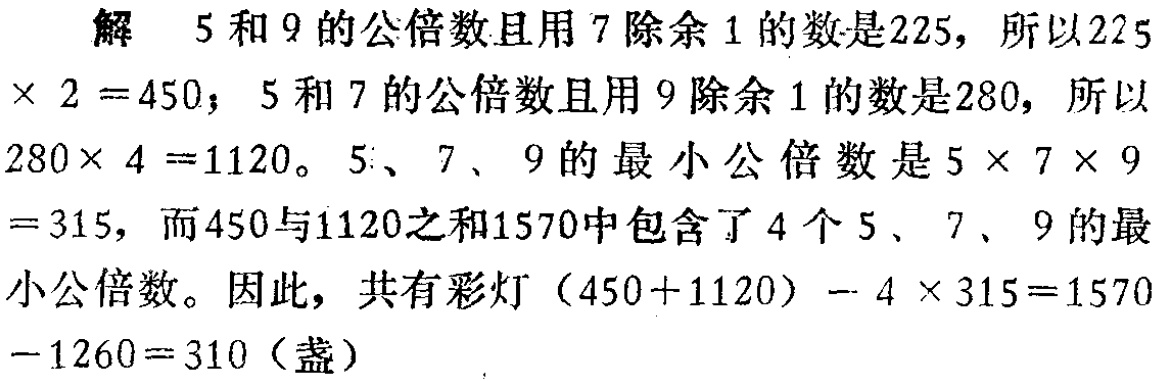
解 \(5\) 和 \(9\) 的公倍数且用 \(7\) 除余 \(1\) 的数是 \(225\)，所以 \(225\times 2 = 450\)； \(5\) 和 \(7\) 的公倍数且用 \(9\) 除余 \(1\) 的数是 \(280\)，所以 \(280\times 4 = 1120\)。\(5\)、\(7\)、\(9\) 的最小公倍数是 \(5\times 7\times 9 = 315\)，而 \(450\) 与 \(1120\) 之和 \(1570\) 中包含了 \(4\) 个 \(5\)、\(7\)、\(9\) 的最小公倍数。因此，共有彩灯 \((450 + 1120)-4\times 315 = 1570 - 1260 = 310\)（盏）